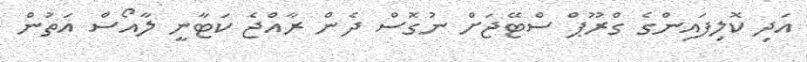
އަދި ކޮލިފައިންގެ ގްރޫޕް ސްޓޭޖަށް ނުގޮސް ދެން ރާއްޖެ ކަޓާނީ ލާއޯސް އަތުން